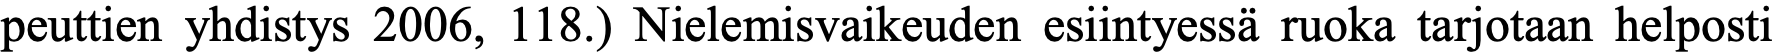
peuttien yhdistys 2006, 118.) Nielemisvaikeuden esiintyessä ruoka tarjotaan helposti